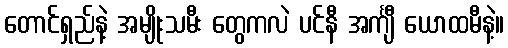
တောင်ရှည်နဲ့ အမျိုးသမီး တွေကလဲ ပင်နီ အင်္ကျီ ယောထမီနဲ့။